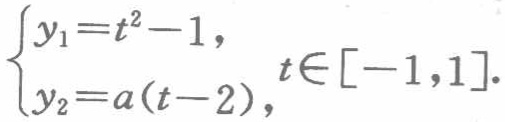
$\begin{cases}y_{1}=t^{2}-1,\\y_{2}=a(t - 2),\end{cases}t\in[-1,1].$